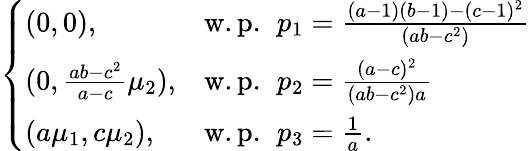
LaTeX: \left\{ \begin{array}{ll}{(0,0),}&{\mathrm{w.p.~}\, p_{1}=\frac{(a-1)(b-1)-(c-1)^{2}}{(ab-c^{2})}}\\ {(0,\frac{ab-c^{2}}{a-c}\mu_{2}),}&{\mathrm{w.p.~}\, p_{2}=\frac{(a-c)^{2}}{\left(ab-c^{2}\right)a}}\\ {(a\mu_{1},c\mu_{2}),}&{\mathrm{w.p.~}\, p_{3}=\frac{1}{a}.}\end{array}\right.